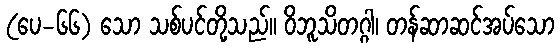
(ပေ-၆၆) သော သစ်ပင်တို့သည်။ ဝိဘူသိတဂ္ဂါ၊ တန်ဆာဆင်အပ်သော